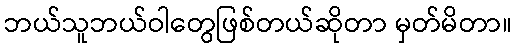
ဘယ်သူဘယ်ဝါတွေဖြစ်တယ်ဆိုတာ မှတ်မိတာ။